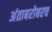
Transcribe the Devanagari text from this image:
अंताबरोबरच